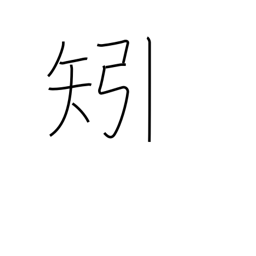
Meaning: feather (arrow)